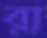
রা